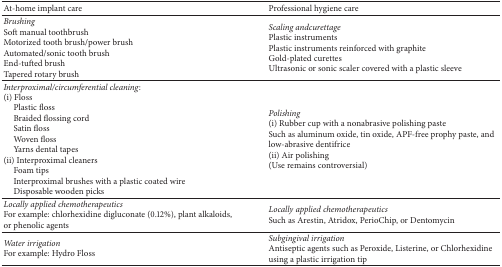
<table><thead><tr><td><b>At-home implant care</b></td><td><b>Professional hygiene care</b></td></tr></thead><tbody><tr><td><i>Brushing</i> Soft manual toothbrushMotorized tooth brush/power brushAutomated/sonic tooth brushEnd-tufted brushTapered rotary brush</td><td><i>Scaling andcurettage</i> Plastic instrumentsPlastic instruments reinforced with graphite Gold-plated curettesUltrasonic or sonic scaler covered with a plastic sleeve</td></tr><tr><td><i>Interproximal/circumferential cleaning</i>:(i) Floss Plastic floss Braided flossing cord Satin floss Woven floss Yarns dental tapes(ii) Interproximal cleaners Foam tips Interproximal brushes with a plastic coated wire Disposable wooden picks</td><td><i>Polishing</i> (i) Rubber cup with a nonabrasive polishing paste Such as aluminum oxide, tin oxide, APF-free prophy paste, and low-abrasive dentifrice(ii) Air polishing (Use remains controversial)</td></tr><tr><td><i>Locally applied chemotherapeutics</i> For example: chlorhexidine digluconate (0.12%), plant alkaloids, or phenolic agents</td><td><i>Locally applied chemotherapeutics</i> Such as Arestin, Atridox, PerioChip, or Dentomycin </td></tr><tr><td><i>Water irrigation</i> For example: Hydro Floss</td><td><i>Subgingival irrigation</i> Antiseptic agents such as Peroxide, Listerine, or Chlorhexidine using a plastic irrigation tip</td></tr></tbody></table>